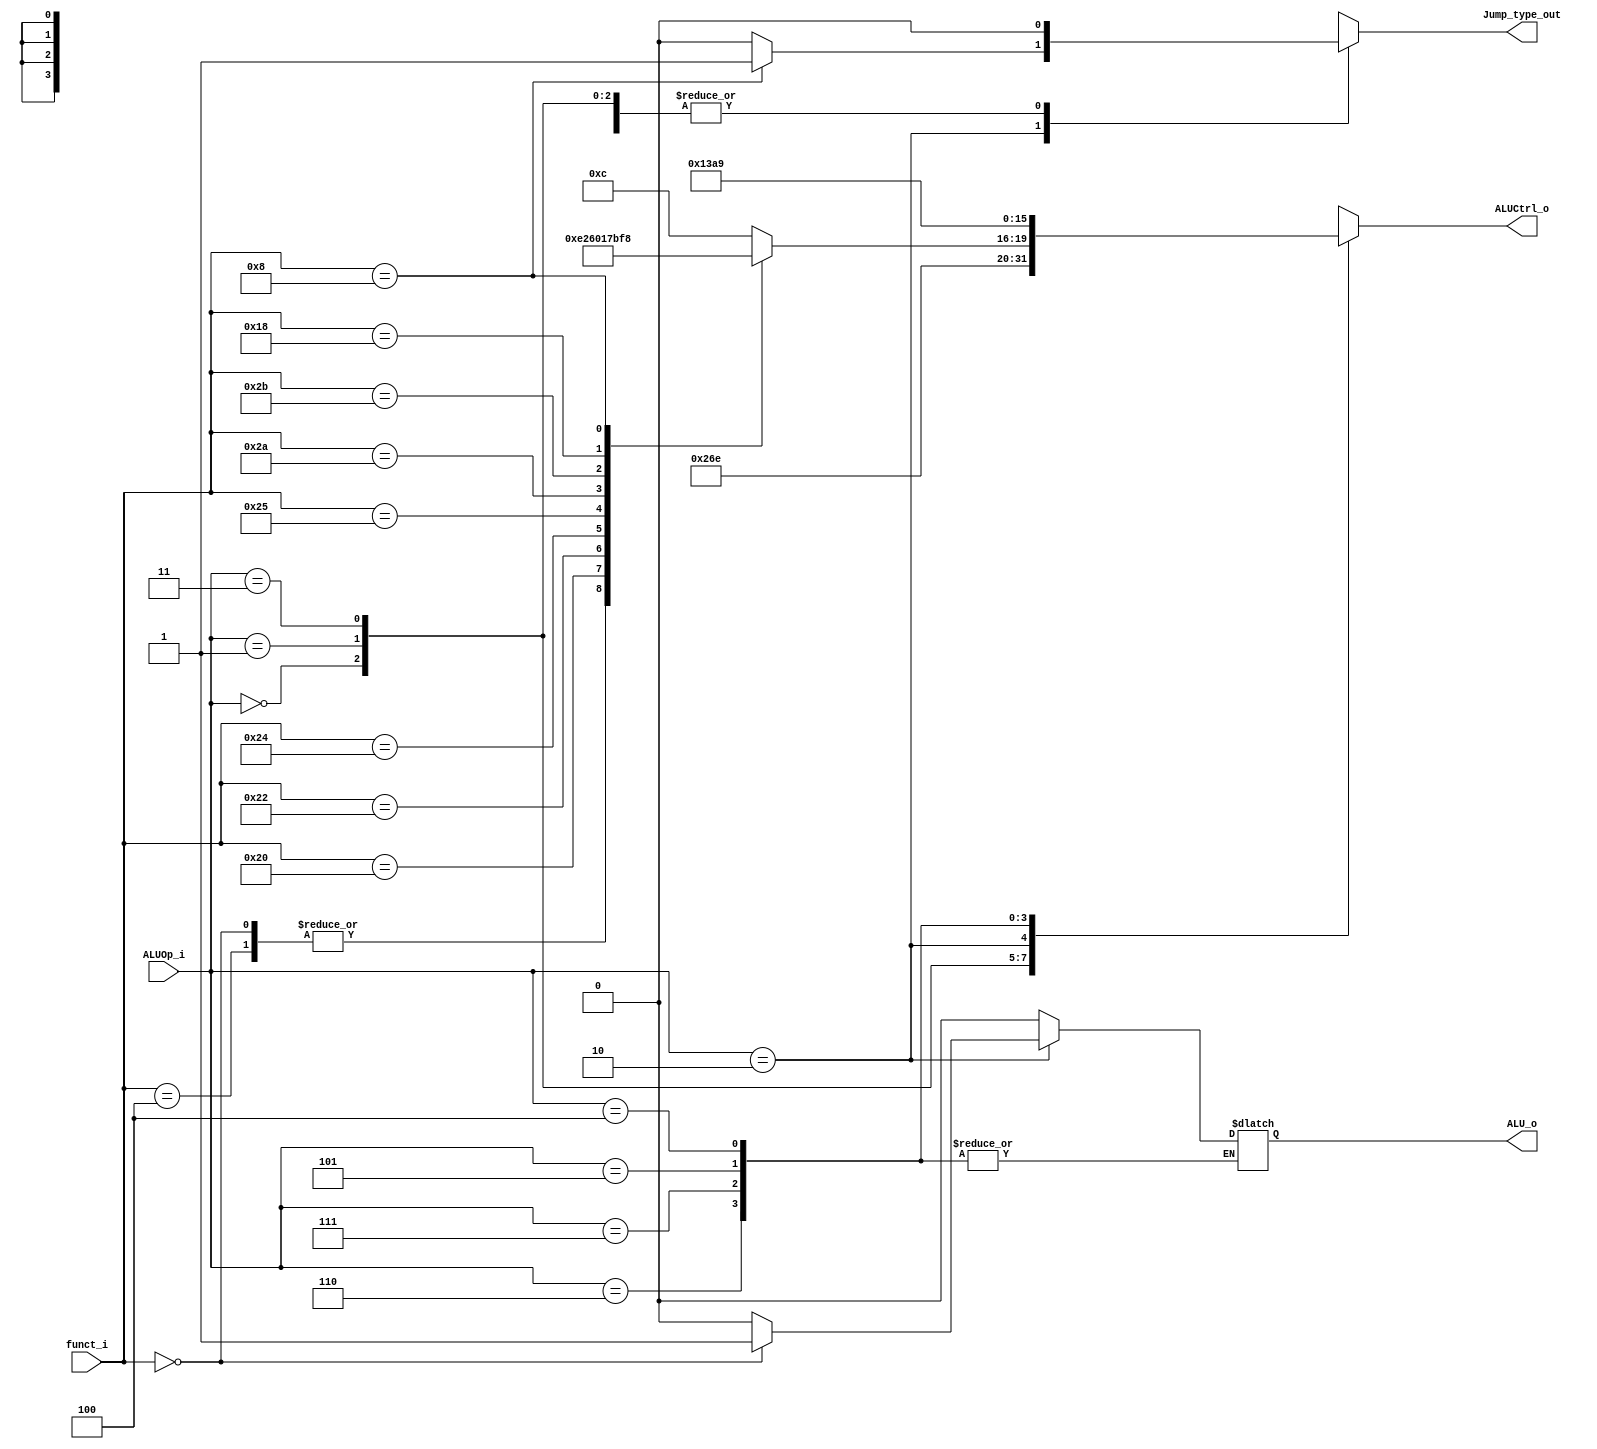
//Subject:     CO project 2 - ALU Controller
//--------------------------------------------------------------------------------
//Version:     1
//--------------------------------------------------------------------------------
//Writer:      0416001  0416225 
//----------------------------------------------
//Date:        
//----------------------------------------------
//Description: 
//--------------------------------------------------------------------------------

module ALU_Ctrl(
          funct_i,
          ALUOp_i,
          ALUCtrl_o,
			 ALU_o,
			 Jump_type_out
          );
          
//I/O ports 
input      [6-1:0] funct_i;
input      [3-1:0] ALUOp_i;

output     [4-1:0] ALUCtrl_o;    
output 	  ALU_o;
output	  Jump_type_out;	
//Internal Signals
reg        [4-1:0] ALUCtrl_o;
reg 		  ALU_o;
reg		  Jump_type_out;
//Parameter
localparam sll= 6'b000000;
localparam sllv=6'b000100;
localparam add= 6'b100000;
localparam sub= 6'b100010;
localparam AND= 6'b100100;
localparam OR=  6'b100101;
localparam slt= 6'b101010;
localparam sltu=6'b101011;  
localparam mul= 6'b011000;  
localparam jr = 6'b001000;
//Select exact operation
always@(*) begin
	case(ALUOp_i[2:0])
		3'b000:  begin
			ALUCtrl_o=4'b0010;	//lw,sw
			ALU_o=0;
			Jump_type_out = 1'b0;
		end
		3'b001:  begin
			ALUCtrl_o=4'b0110;		//bne
			ALU_o=0;
			Jump_type_out = 1'b0;
		end
		3'b011:	begin
			ALUCtrl_o=4'b1110;		//beq
			ALU_o=0;
			Jump_type_out = 1'b0;
		end
		3'b010:  begin	//r-type0
			case(funct_i)
				sll:  begin
						ALUCtrl_o=4'b1110;
						ALU_o=1;
						Jump_type_out = 1'b0;
				end
				sllv:  begin
						ALUCtrl_o=4'b1110;
						ALU_o=0;
						Jump_type_out = 1'b0;
				end
				add:  begin
					ALUCtrl_o=4'b0010;
					ALU_o=0;
					Jump_type_out = 1'b0;
				end
				sub:  begin
					ALUCtrl_o=4'b0110;
					ALU_o=0;
					Jump_type_out = 1'b0;
				end
				AND: begin
					ALUCtrl_o=4'b0000;
					ALU_o=0;
					Jump_type_out = 1'b0;
				end
				OR:   begin
					ALUCtrl_o=4'b0001;
					ALU_o=0;
					Jump_type_out = 1'b0;
				end
				slt:  begin
					ALUCtrl_o=4'b0111;
					ALU_o=0;
					Jump_type_out = 1'b0;
				end
				sltu: begin
					ALUCtrl_o=4'b1011;
					ALU_o=0;
					Jump_type_out = 1'b0;
				end
				mul: begin
					ALUCtrl_o=4'b1111;
					ALU_o=0;
					Jump_type_out = 1'b0;
				end
				jr: begin
					ALUCtrl_o=4'b1000;		//need check
					ALU_o=0;
					Jump_type_out = 1'b1;
				end
				default: begin
					ALUCtrl_o=4'b1100;
					ALU_o=0;
					Jump_type_out = 1'b0;
				end
			endcase
		end
		3'b110: 	begin
			ALUCtrl_o=4'b0001;		//ori			
			Jump_type_out = 1'b0;
		end
		3'b111:	begin
			ALUCtrl_o=4'b0011;		//lui
			Jump_type_out = 1'b0;
		end
		3'b101:  begin 
			ALUCtrl_o=4'b1010;
			Jump_type_out = 1'b0;
		end
		3'b100:  begin
			ALUCtrl_o=4'b1001;		//jal			need check
			Jump_type_out = 1'b0;
		end
		default:  begin
			ALUCtrl_o=4'b1100;
			ALU_o=0;
			Jump_type_out = 1'b0;
		end
	endcase
end
endmodule